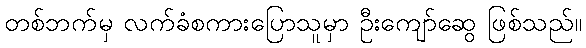
တစ်ဘက်မှ လက်ခံစကားပြောသူမှာ ဦးကျော်ဆွေ ဖြစ်သည်။